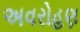
અવરોહણ